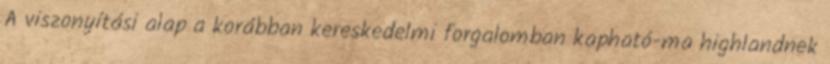
A viszonyítási alap a korábban kereskedelmi forgalomban kapható-ma highlandnek